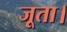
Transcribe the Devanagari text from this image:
जूता।